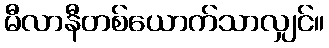
မီလာနီတစ်ယောက်သာလျှင်။